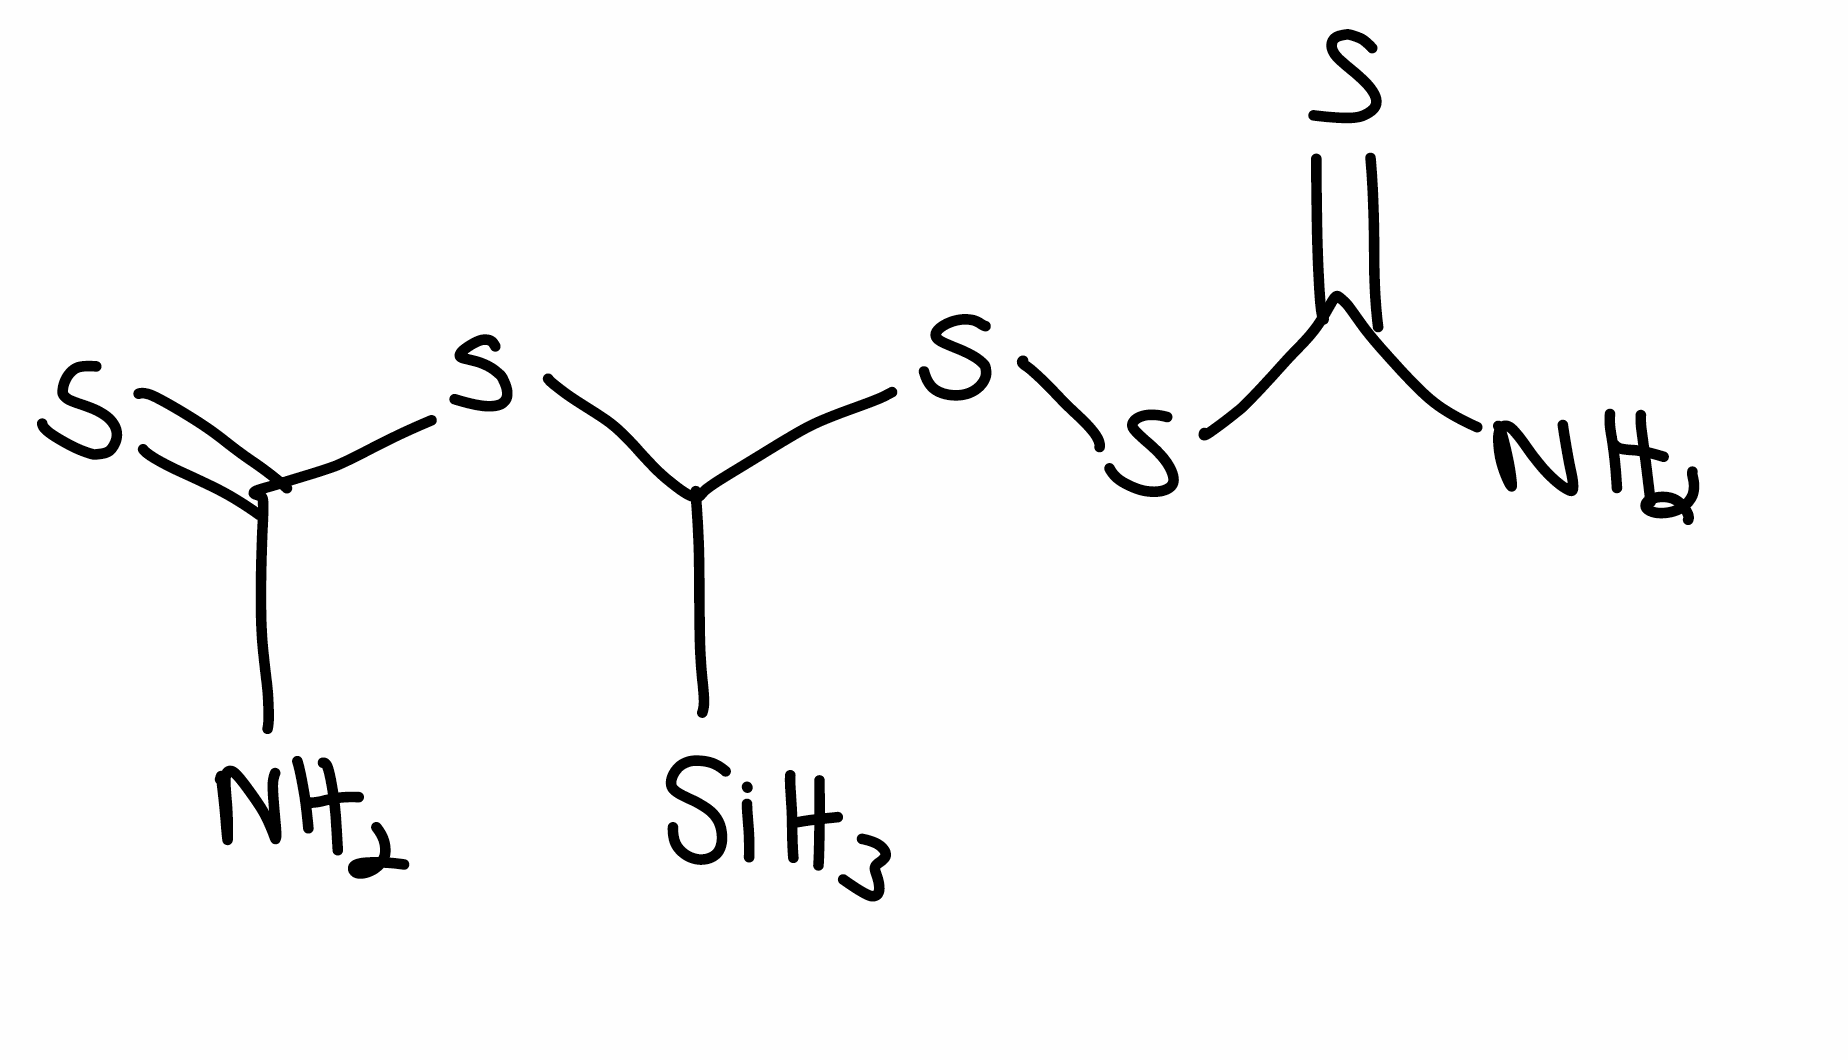
Simplified molecular-input line-entry system (SMILES) notation of the given molecule:
C([SiH3])(SC(=S)N)SSC(=S)N